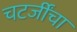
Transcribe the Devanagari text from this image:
चटर्जींचा